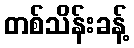
တစ်သိန်းခန့်